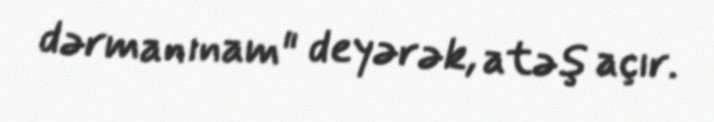
dərmanınam" deyərək, atəş açır.